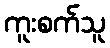
ကူးစက်သူ